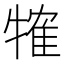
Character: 㹊